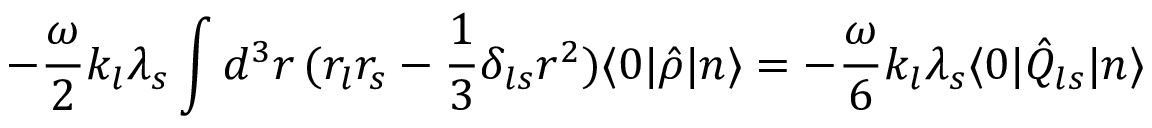
- \frac { \omega } { 2 } k _ { l } \lambda _ { s } \int d ^ { 3 } r \, ( r _ { l } r _ { s } - \frac { 1 } { 3 } \delta _ { l s } r ^ { 2 } ) \langle 0 | \hat { \rho } | n \rangle = - \frac { \omega } { 6 } k _ { l } \lambda _ { s } \langle 0 | \hat { Q } _ { l s } | n \rangle